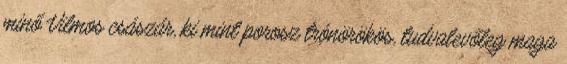
minő Vilmos császár, ki mint porosz trónörökös, tudvalevőleg maga